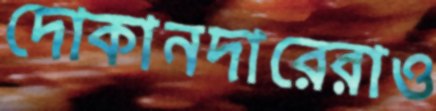
দোকানদারেরাও